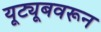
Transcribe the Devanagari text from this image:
यूट्यूबवरून